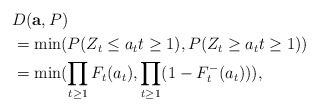
\begin{align*}&D({\bf a}, P)\\&=\min(P(Z_t \le a_t t \ge 1),P(Z_t \ge a_t t \ge 1))\\&=\min(\prod_{t \ge 1} F_{t}(a_t), \prod_{t \ge 1}(1- F_{t}^{-}(a_t))),\end{align*}